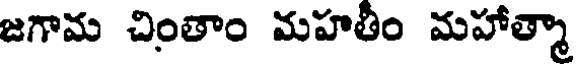
జగామ చింతాం మహతీం మహాత్మా